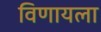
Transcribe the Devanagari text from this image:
विणायला